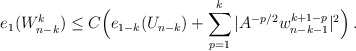
\begin{align*}e_1(W^k_{n-k}) \le C \Big(e_{1-k}(U_{n-k}) + \sum_{p=1}^k |A^{-p/2}w_{n-k-1}^{k+1-p}|^2 \Big) \,.\end{align*}